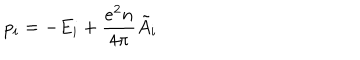
p _ { i } = - E _ { i } + \frac { e ^ { 2 } n } { 4 \pi } \tilde { A } _ { i }